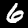
Digit: 6